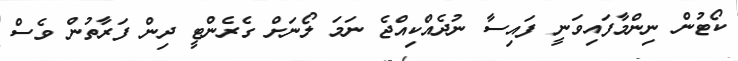
ކޯޓުން ނިންމާފައިވަނީ ފައިސާ ނުދެއްކިއްޖެ ނަމަ ލޯނަށް ގެރެންޓީ ދިން ފަރާތުން ވެސް